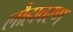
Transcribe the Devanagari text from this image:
लौहावरण